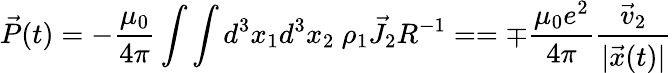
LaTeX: \vec{P}(t)=-\frac{\mu_{0}}{4\pi}\int\int d^{3}x_{1}d^{3}x_{2}~\rho_{1}\vec{J}_{2}R^{-1}==\mp\frac{\mu_{0}e^{2}}{4\pi}\frac{\vec{v}_{2}}{|\vec{x}(t)|}